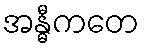
အန္ဓီကတေ